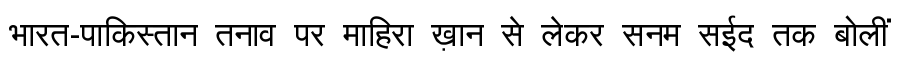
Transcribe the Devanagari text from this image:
भारत-पाकिस्तान तनाव पर माहिरा ख़ान से लेकर सनम सईद तक बोलीं